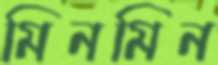
মিনমিন